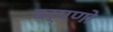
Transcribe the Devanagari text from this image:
दर्पणो